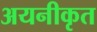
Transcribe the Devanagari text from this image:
अयनीकृत